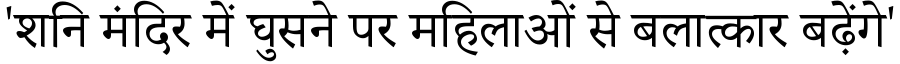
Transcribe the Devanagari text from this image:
'शनि मंदिर में घुसने पर महिलाओं से बलात्कार बढ़ेंगे'